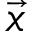
\vec { x }